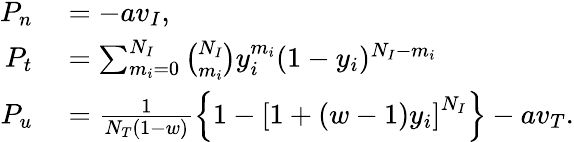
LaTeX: \begin{array}{rl}{P_{n}}&{{}=-av_{I},}\\ {P_{t}}&{{}=\sum_{m_{i}=0}^{N_{I}}\binom{N_{I}}{m_{i}}y_{i}^{m_{i}}(1-y_{i})^{N_{I}-m_{i}}}\\ {P_{u}}&{{}=\frac{1}{N_{T}(1-w)}\left\{ 1-\left[1+(w-1)y_{i}\right]^{N_{I}}\right\} -av_{T}.}\end{array}